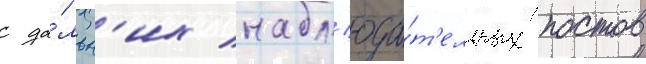
с да́льн'их набл'юда́т'ельных постов